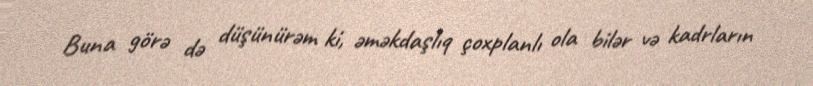
Buna görə də düşünürəm ki, əməkdaşlıq çoxplanlı ola bilər və kadrların